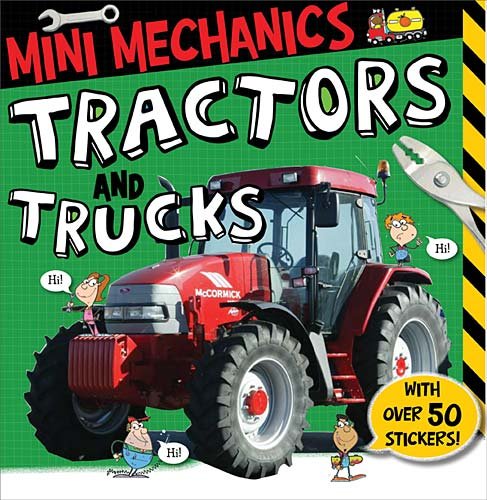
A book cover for Tractors and Trucks (Mini Mechanics); Tim Bugbird; Children's Books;